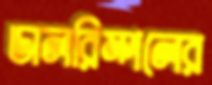
ডালরিম্পলের